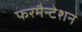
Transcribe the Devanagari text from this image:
फरमैन्टेशन